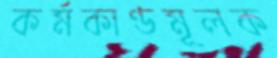
কর্মকাণ্ডমূলক